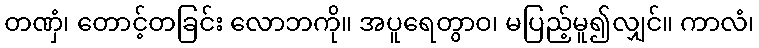
တဏှံ၊ တောင့်တခြင်း လောဘကို။ အပူရေတွာဝ၊ မပြည့်မူ၍လျှင်။ ကာလံ၊